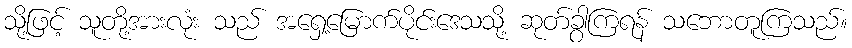
သို့ဖြင့် သူတို့အားလုံး သည် အရှေ့မြောက်ပိုင်းဒေသသို့ ဆုတ်ခွာကြရန် သဘောတူကြသည်။